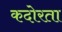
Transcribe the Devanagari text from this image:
कदोरता